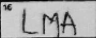
Transcription: LMA